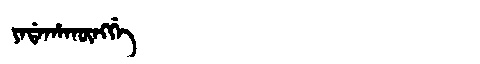
Manchu: ᠶᠠᡩᠠᡥᠠᡴᡡᠩᡤᡝ
Romanization: YADAHAKŪNGGE